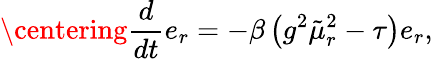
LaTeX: \centering{\frac{d}{dt}e_{r}=-\beta\left(g^{2}\tilde{\mu}_{r}^{2}-\tau\right)e_{r}},